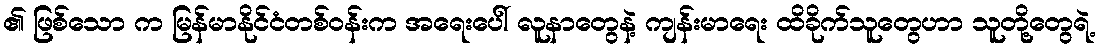
၏ ဖြစ်သော က မြန်မာနိုင်ငံတစ်ဝန်းက အရေးပေါ် လူနာတွေနဲ့ ကျန်းမာရေး ထိခိုက်သူတွေဟာ သူတို့တွေရဲ့